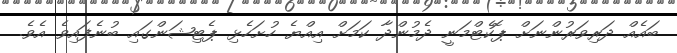
ބައެއް ދަރިވަރުންނަށް ޕޮކެޓްމަނީ ދެމުންދާ ކަމަށް އިއްޔެ ހުށަހެޅި ޕެޓިޝަންގައި ބުނެފައިވެ އެވެ.